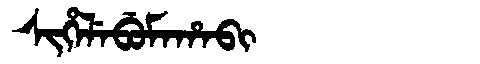
Manchu: ᠰᡳᡥᡝᠯᡝᠪᡠᠮᠠᡥᠠᠪᡳ
Romanization: SIHELEBUMAHABI